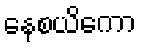
နေစယိကော